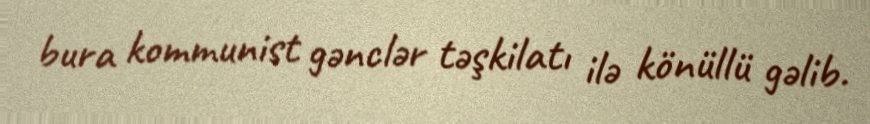
bura kommunist gənclər təşkilatı ilə könüllü gəlib.